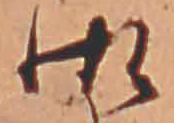
御